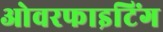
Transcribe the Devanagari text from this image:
ओवरफाइटिंग